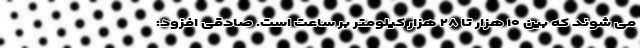
می شوند که بین ۱۰ هزار تا ۲۸ هزار کیلومتر بر ساعت است. صادقی افزود: